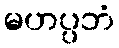
မဟပ္ပဘံ